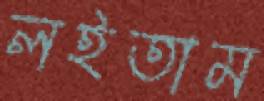
লইতাম